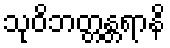
သုဝိဘတ္တန္တရာနိ